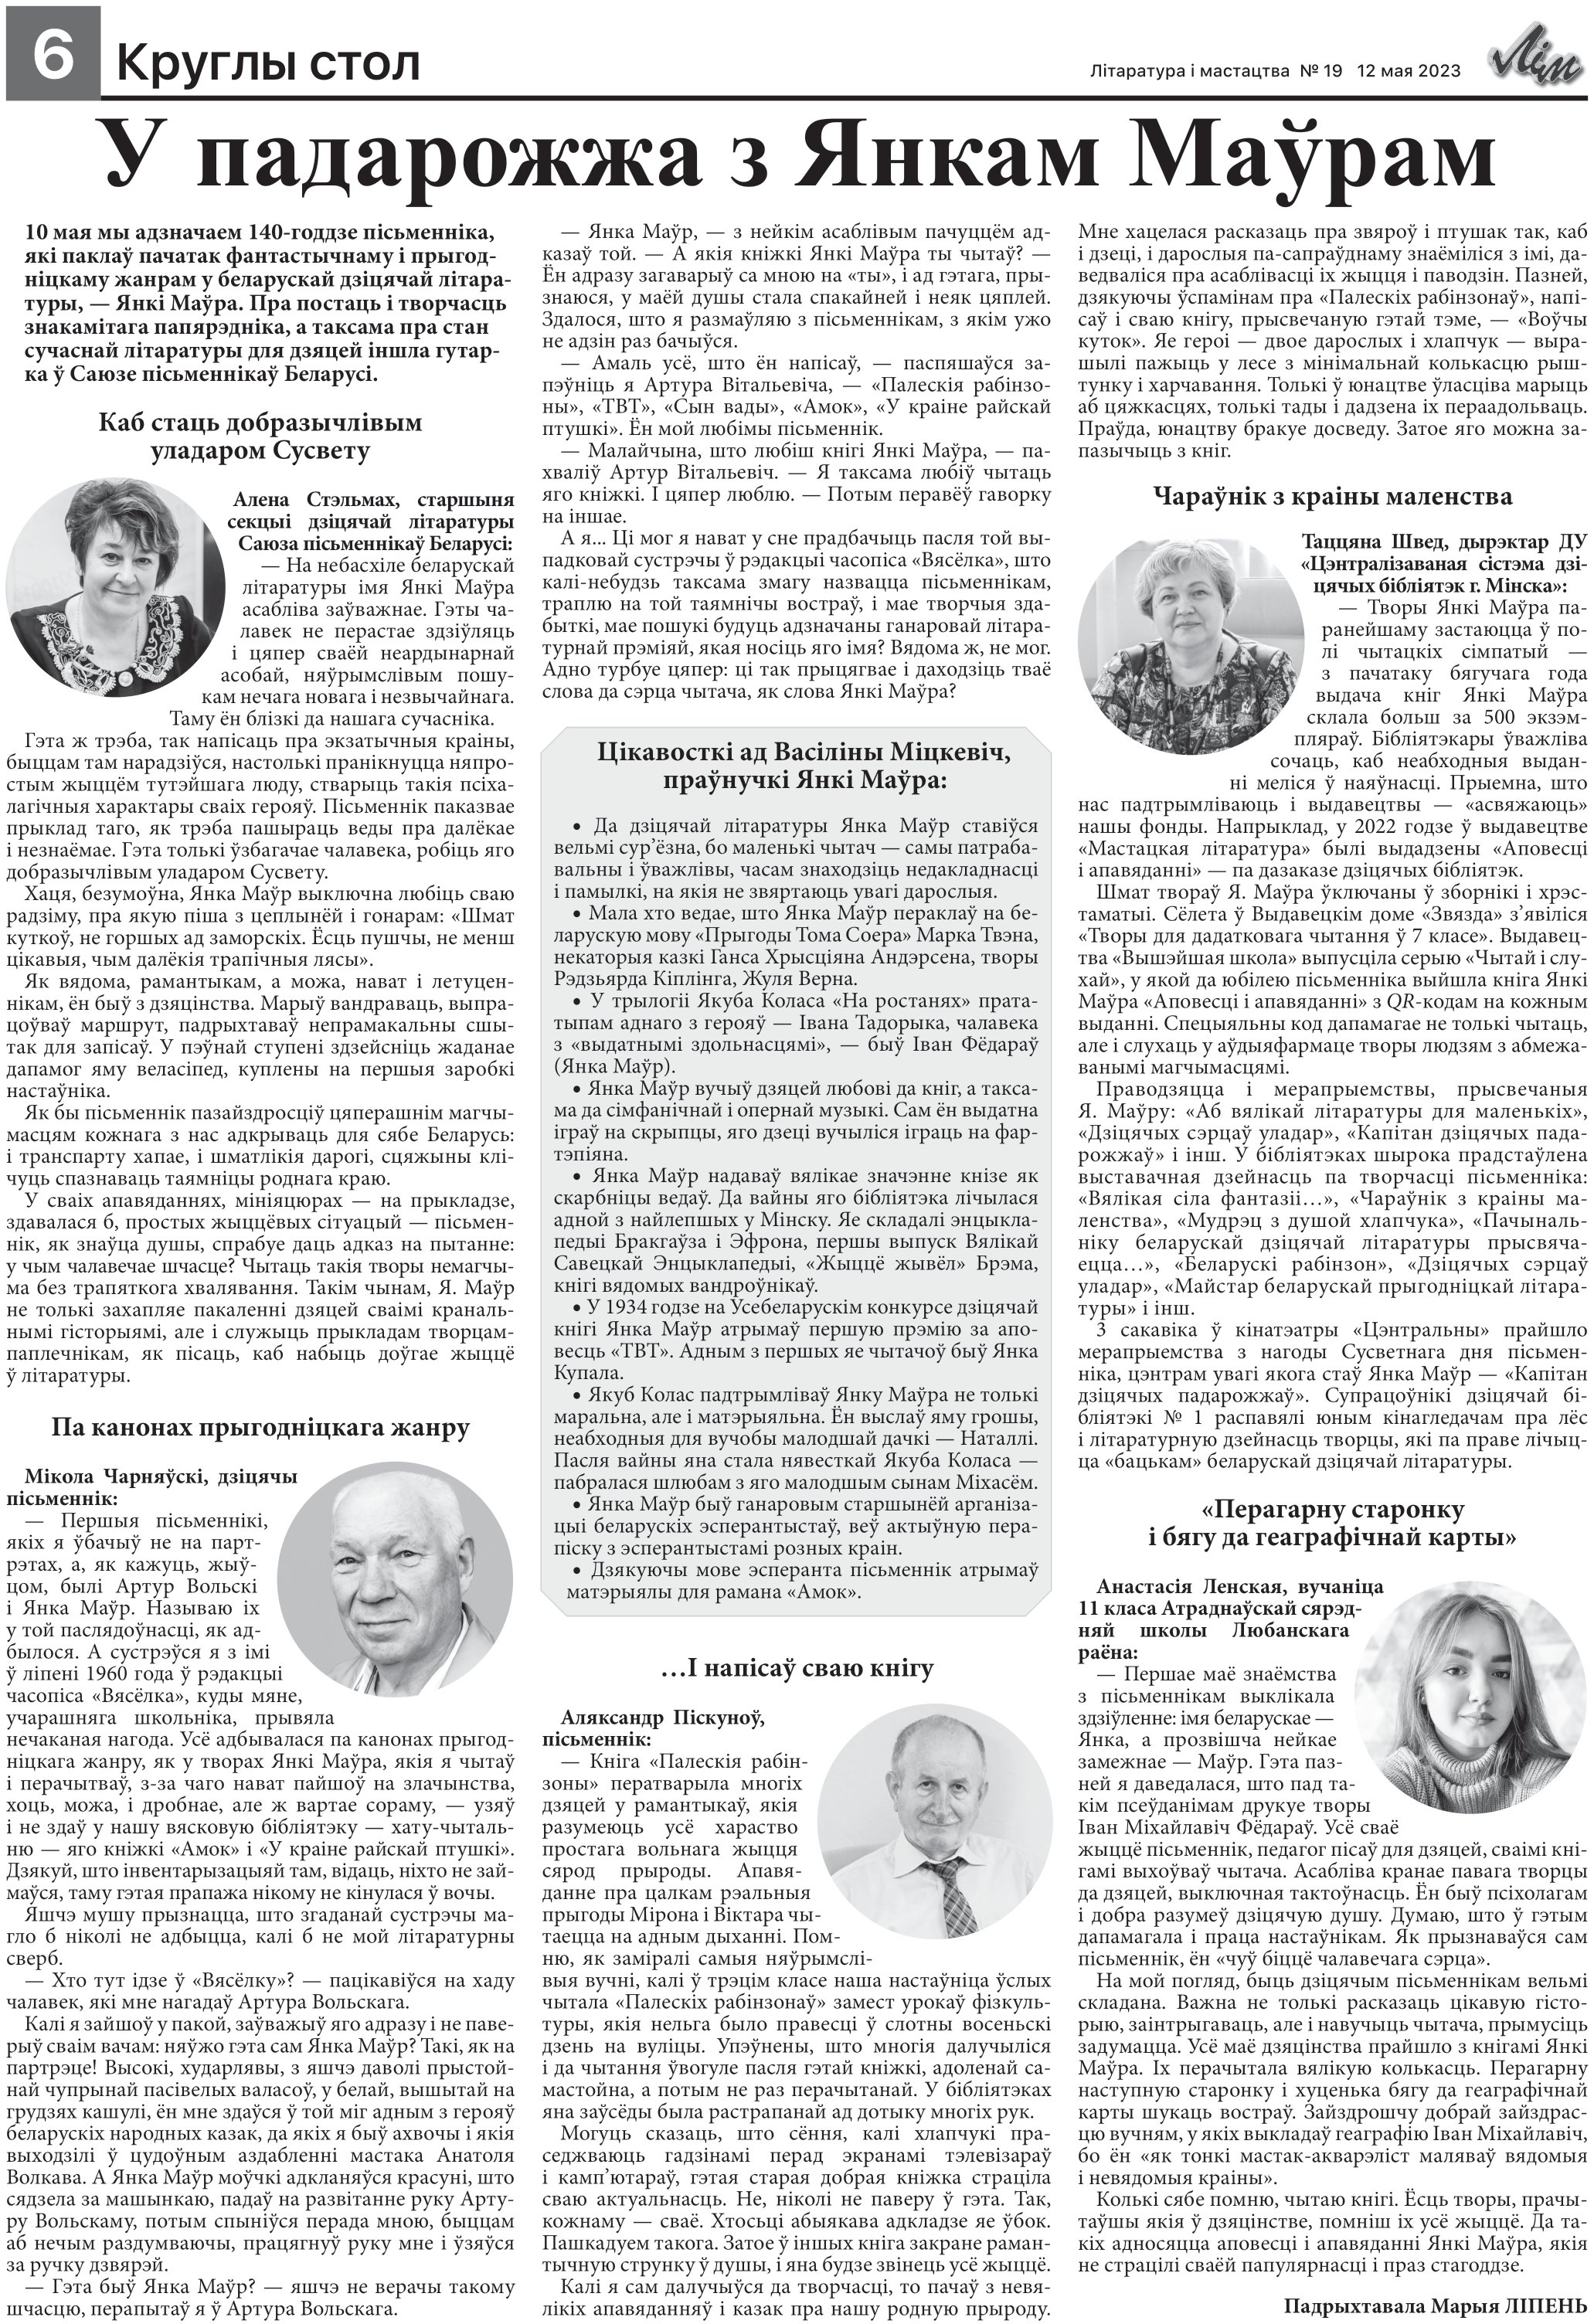
Language: be